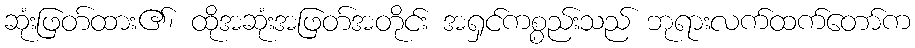
ဆုံးဖြတ်ထား၏၊ ထိုအဆုံးအဖြတ်အတိုင်း အရှင်ကစ္စည်းသည် ဘုရားလက်ထက်တော်က